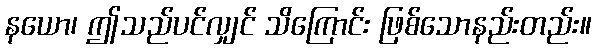
နယော၊ ဤသည်ပင်လျှင် သိကြောင်း ဖြစ်သောနည်းတည်း။